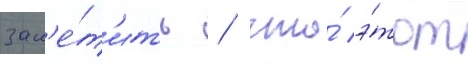
зам'е́т'ить / что́ э́тот